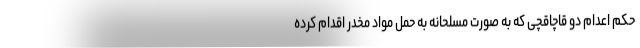
حکم اعدام دو قاچاقچی که به صورت مسلحانه به حمل مواد مخدر اقدام کرده